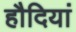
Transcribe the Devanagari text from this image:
हौदियां